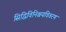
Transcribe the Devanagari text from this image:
सिद्धिविनिश्चयविवरण